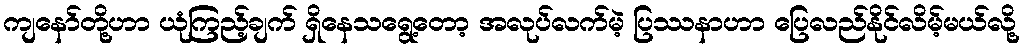
ကျနော်တို့ဟာ ယုံကြည့်ချက် ရှိနေသရွေ့တော့ အလုပ်လက်မဲ့ ပြဿနာဟာ ပြေလည်နိုင်လိမ့်မယ်လို့